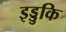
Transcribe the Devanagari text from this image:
इड्डुकि